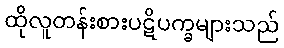
ထိုလူတန်းစားပဋိပက္ခများသည်